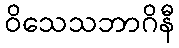
ဝိသေသဘာဂိနီ